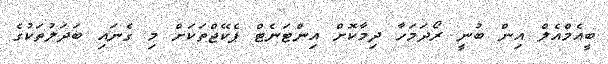
ބީއެމްއެލް އިން ބުނީ ރޯދަމަހާ ދިމާކޮށް އިންޓަނެޓް ޕެކޭޖްތަކަށް މި ގެނައި ބަދަލުތަކުގެ